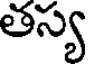
తస్య